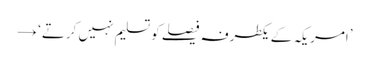
’امریکہ کے یکطرفہ فیصلے کو تسلیم نہیں کرتے‘ →